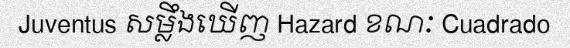
Juventus សម្លឹងឃើញ Hazard ខណៈ Cuadrado